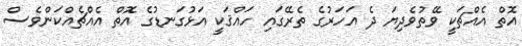
އޮތް އެއްޗަކީ ވޭތުވެދިޔަ ދެ އަހަރުގެ ތެރޭގައި ހައްޤަކީ އަޅުގަނޑުގެ އޮތް އެއްޗެއްކަންވެސް